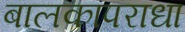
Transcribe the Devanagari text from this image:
बालकापराधा